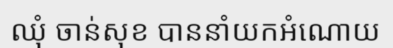
ឈុំ ចាន់សុខ បាននាំយកអំណោយ